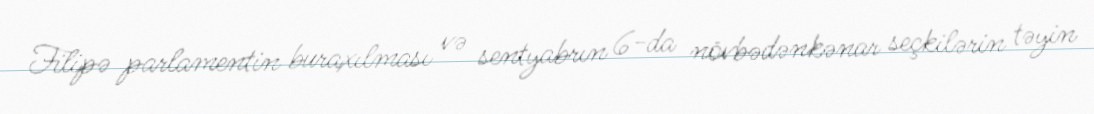
Filipə parlamentin buraxılması və sentyabrın 6-da növbədənkənar seçkilərin təyin